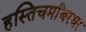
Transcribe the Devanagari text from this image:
हस्तिचर्मांबरधर